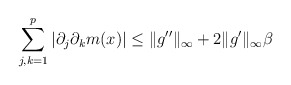
\begin{align*}\sum_{j,k=1}^p |\partial_j\partial_k m(x)|\leq \|g''\|_\infty+2\|g'\|_\infty \beta\end{align*}